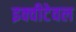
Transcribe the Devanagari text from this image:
इक्वीटेवल